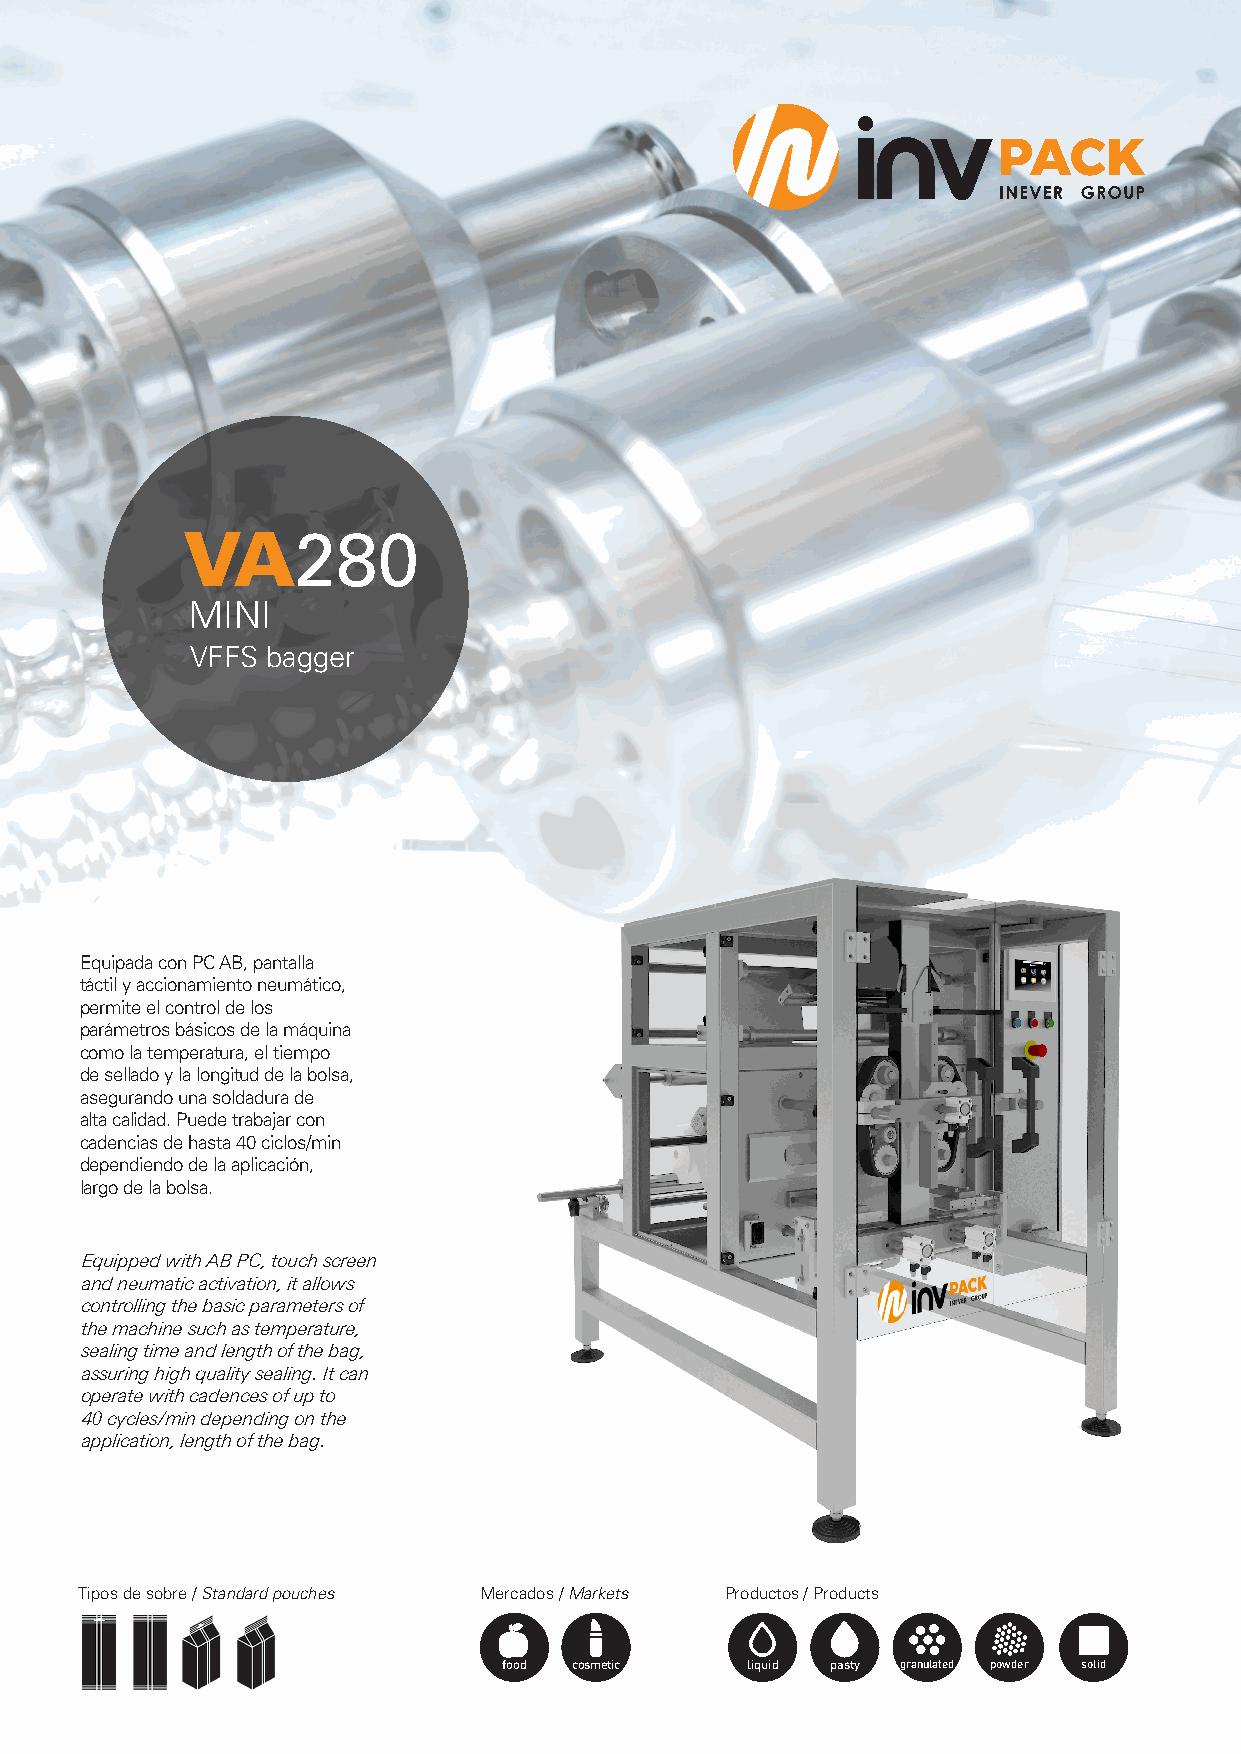
VA280
 MINI
 VFFS bagger
 Equipada con PC AB, pantalla
 táctil y accionamiento neumático,
 permite el control de los
 parámetros básicos de la máquina
 como la temperatura, el tiempo
 de sellado y la longitud de la bolsa,
 asegurando una soldadura de
 alta calidad. Puede trabajar con
 cadencias de hasta 40 ciclos/min
 dependiendo de la aplicación,
 largo de la bolsa.
 Equipped with AB PC, touch screen
 and neumatic activation, it allows
 controlling the basic parameters of
 the machine such as temperature,
 sealing time and length of the bag,
 assuring high quality sealing. It can
 operate with cadences of up to
 40 cycles/min depending on the
 application, length of the bag.
 Tipos de sobre / Standard pouches Mercados / Markets Productos / Products
 food cosmetic   liquid pasty granulated powder solid